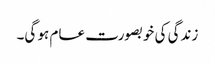
زندگی کی خوبصورت عام ہو گی۔